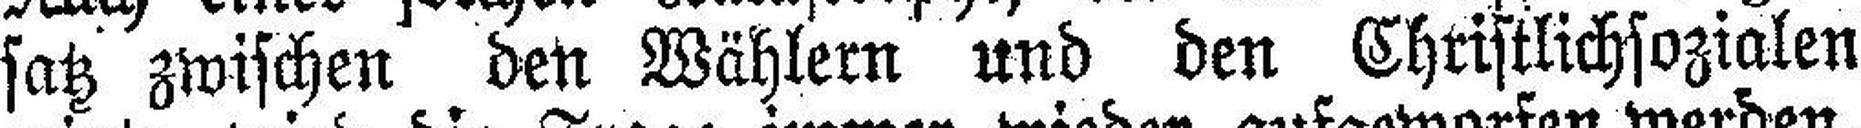
satz zwischen den Wählern und den Christlichsozialen